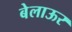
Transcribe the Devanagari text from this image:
बेलाऊर